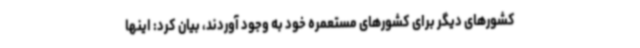
کشورهای دیگر برای کشورهای مستعمره خود به وجود آوردند، بیان کرد: اینها